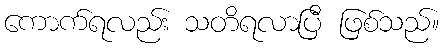
ကောက်ရလည်း သတိရလာပြီ ဖြစ်သည်။